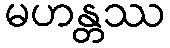
မဟန္တဿ